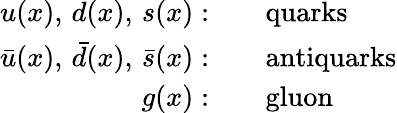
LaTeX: \begin{array}{rl}{u(x),\, d(x),\, s(x):}&{{}\quad\mathrm{quarks}}\\ {\bar{u}(x),\, \bar{d}(x),\, \bar{s}(x):}&{{}\quad\mathrm{antiquarks}}\\ {g(x):}&{{}\quad\mathrm{gluon}}\end{array}